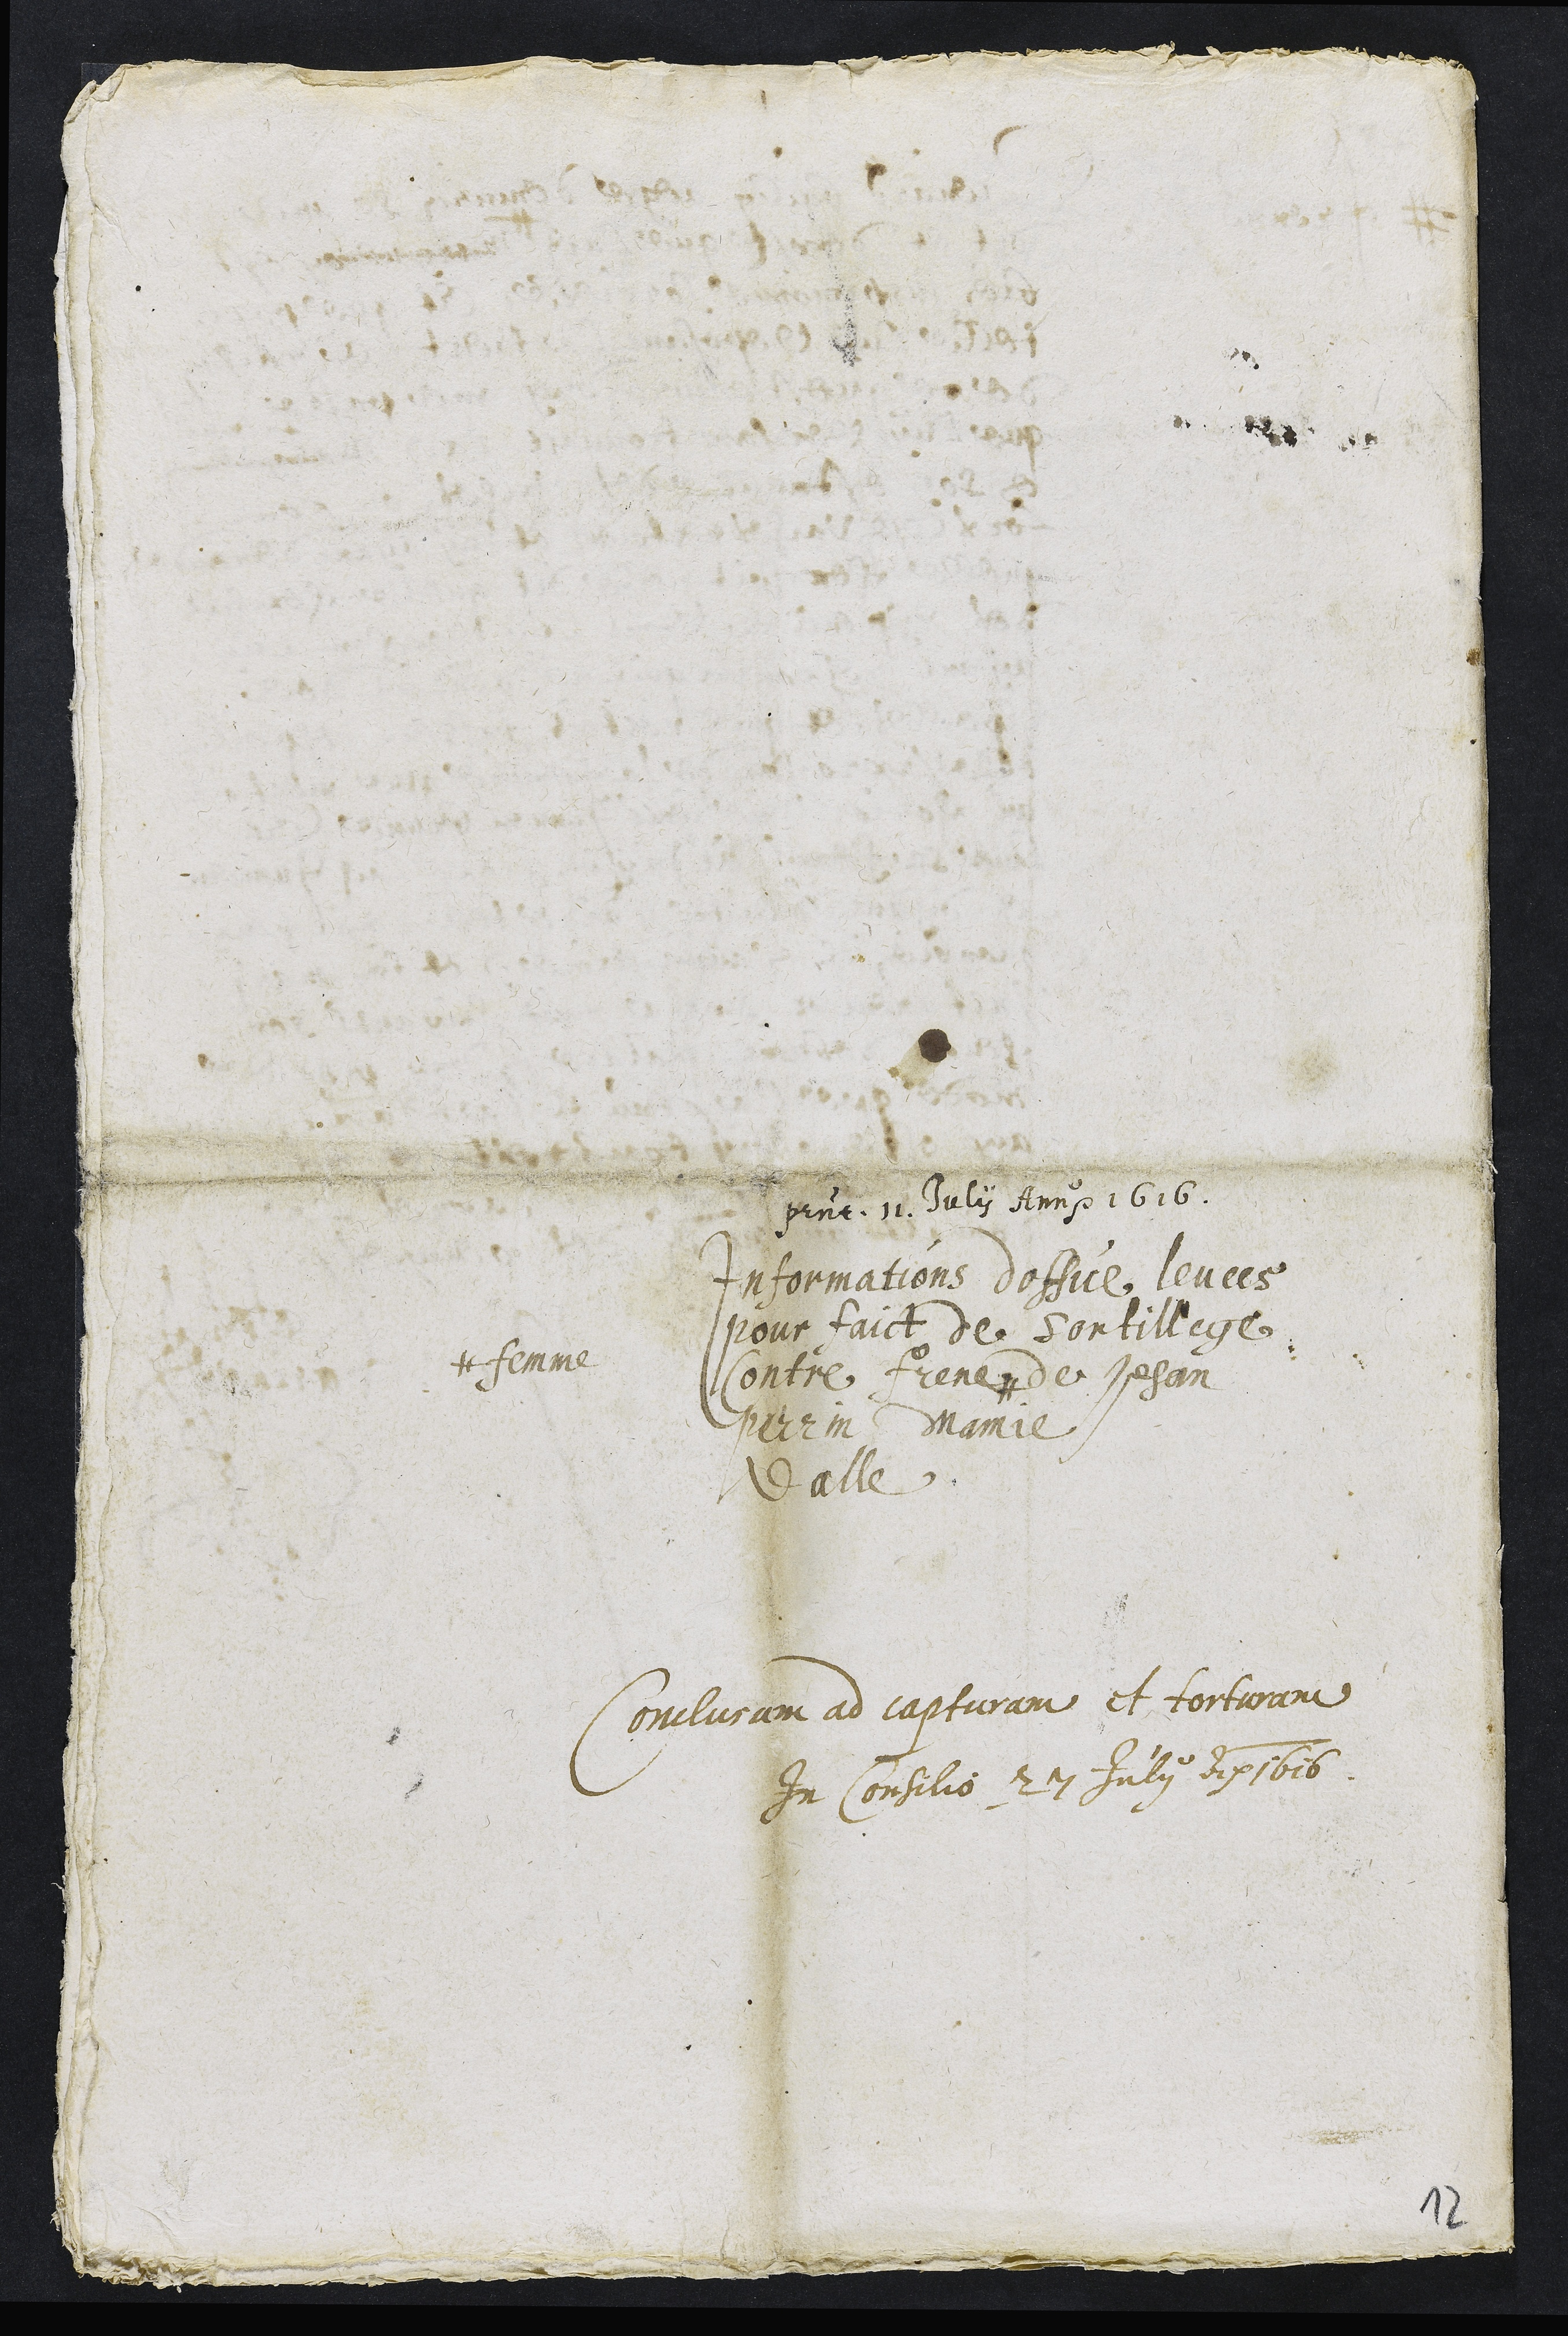
presentatum 11. Julii anno 1616
Informations doffice levees
pour faict de sortillege
Contre Frene #
# femme
de Jehan
Perrin Mamie
dalle
Conclusum ad capturam et torturam
In Consilio 27 Julii Anno 1616
12